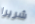
شريرا